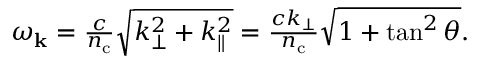
\begin{array} { r } { \omega _ { \mathbf { k } } = \frac { c } { n _ { \mathrm { c } } } \sqrt { k _ { \perp } ^ { 2 } + k _ { \parallel } ^ { 2 } } = \frac { c k _ { \perp } } { n _ { \mathrm { c } } } \sqrt { 1 + \tan ^ { 2 } \theta } . } \end{array}